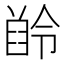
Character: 𪗲